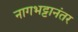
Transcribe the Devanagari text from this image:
नागभट्टानंतर